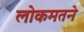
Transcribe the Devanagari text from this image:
लोकमतने